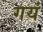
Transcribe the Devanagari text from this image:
गयं